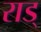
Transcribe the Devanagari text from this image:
राड्